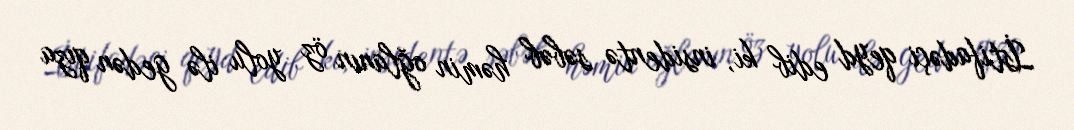
İstifadəçi qeyd edib ki, insidentə səbəb həmin oğlanın öz yolu ilə gedən qıza